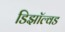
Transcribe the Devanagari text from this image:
डिझॉल्वड